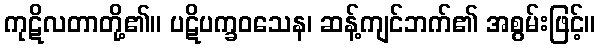
ကုဋိလတာတို့၏။ ပဋိပက္ခဝသေန၊ ဆန့်ကျင်ဘက်၏ အစွမ်းဖြင့်။